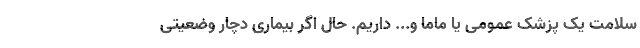
سلامت یک پزشک عمومی یا ماما و... داریم. حال اگر بیماری دچار وضعیتی